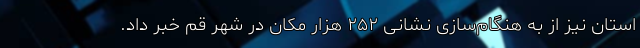
استان نیز از به هنگام‌سازی نشانی ۲۵۲ هزار مکان در شهر قم خبر داد.